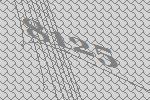
8125